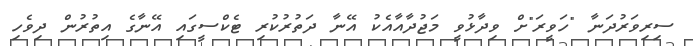
ސިރިވަރުދަނާ "ހަވީރަ"ށް ވިދާޅުވީ މަޖުދާއާއެކު އޭނާ ދަތުރުކުރި ޓެކްސީގައި އޭނާގެ އިތުރުން ދިވެހި